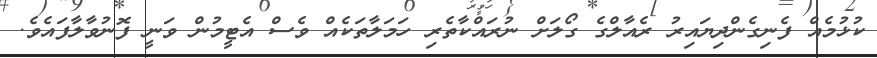
ކުޅުމެއް ފެނިގެންދިޔައިރު ރެއާލްގެ ގޯލަށް ނުރައްކާތެރި ހަމަލާތަކެއް ވެސް އެޓީމުން ވަނީ ފޮނުވާލާފައެވެ.